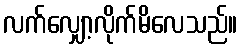
လက်လျှော့လိုက်မိလေသည်။